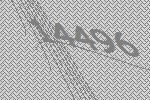
14496